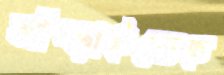
আঁচ্‌ড়াইতেছ